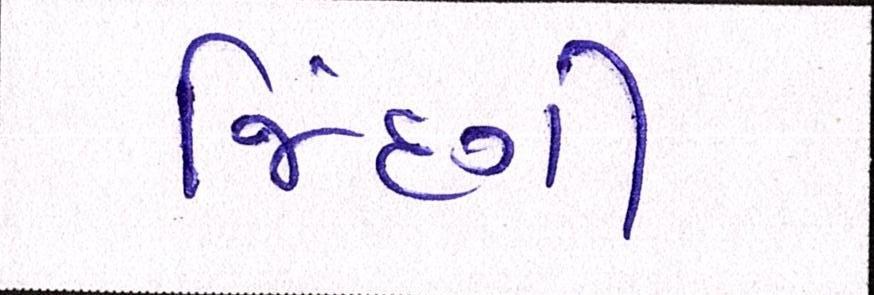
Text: જિંદગી